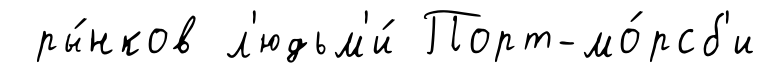
ры́нков л'юдьм'и́ Порт-мо́рсб'и